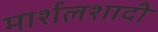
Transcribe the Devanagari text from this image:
मार्शलशादी